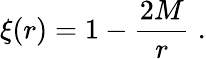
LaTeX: \xi(r)=1-\frac{2M}{r}\; .